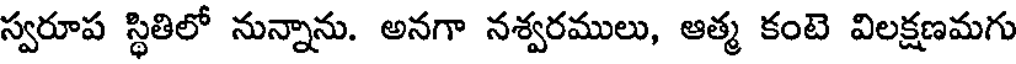
స్వరూప స్థితిలో నున్నాను. అనగా నశ్వరములు, ఆత్మ కంటె విలక్షణమగు